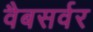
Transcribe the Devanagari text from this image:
वैबसर्वर